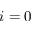
i = 0